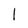
Character: 1